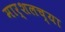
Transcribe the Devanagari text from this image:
मार्शलच्या